Code of medical and sanitary regulations for the guidance of medical officers serving in the Madras Presidency - Volume I
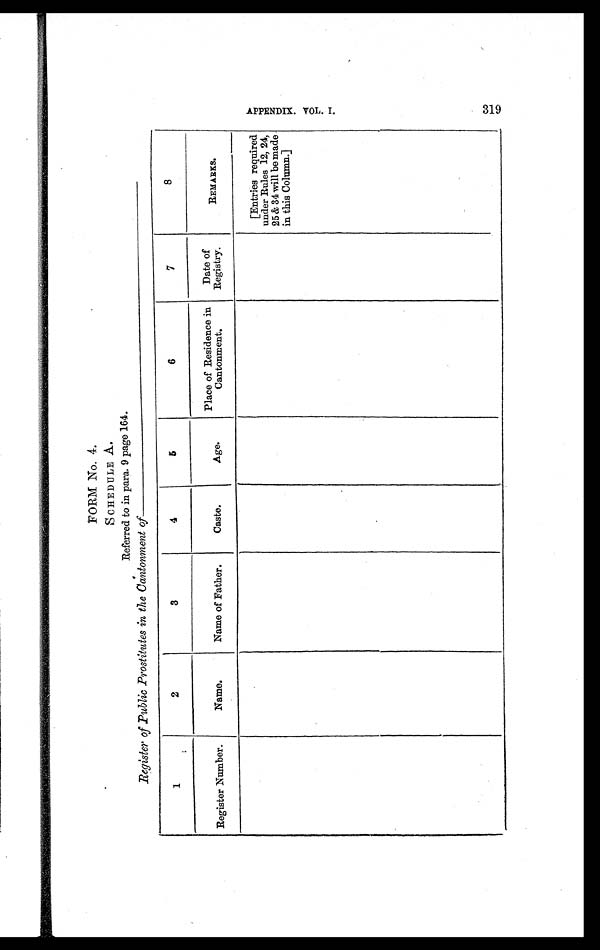
FORM No. 4.
SCHEDULE A.
Referred to in para. 9 page 164.
Register of Public Prostitutes in the Cantonment of—
1
2
3
4
5
6
7
8
Register Number.
Name.
Name of Father.
Caste.
Age.
Place of Residence in
Cantonment.
Date of
Registry.
REMARKS.
[Entries required
under Rules 12, 24,
25 & 34 will be made
in this Column.]
AP P E NDI X. VOL . I .
319